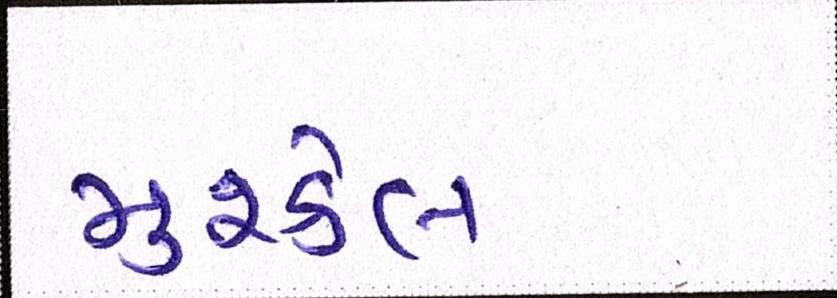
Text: મુશ્કેલ